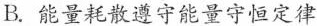
B. 能量耗散遵守能量守恒定律